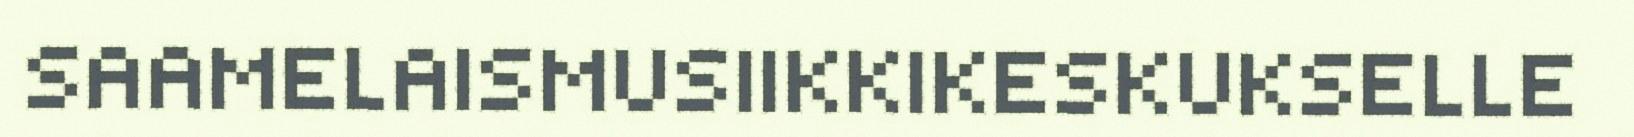
SAAMELAISMUSIIKKIKESKUKSELLE